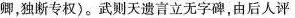
卿，独断专权)。武则天遗言立无字碑，由后人评